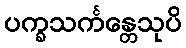
ပက္ခသင်္ကန္တေသုပိ